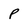
Character: p